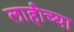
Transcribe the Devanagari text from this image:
लाहीच्या